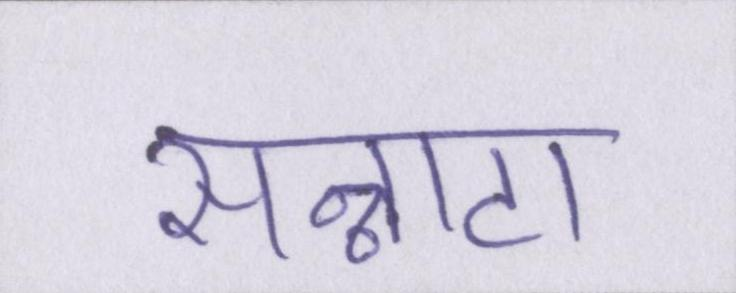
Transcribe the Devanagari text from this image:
सन्नाटा